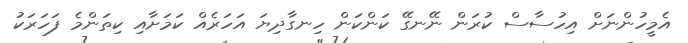
އެމީހުންނަށް އިހުސާސް ކުރަން ނޭނގޭ ކަންކަން ހިނގާދިޔަ އަހަރެއް ކަމަށާއި ކިތަންމެ ފަހަރަކު